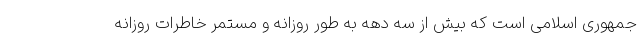
جمهوری اسلامی است که بیش از سه دهه به طور روزانه و مستمر خاطرات روزانه